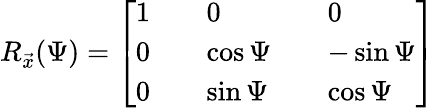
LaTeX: R_{\vec{x}}(\Psi)=\left[\begin{array}{lllll}{1}&{}&{0}&{}&{0}\\ {0}&{}&{\cos{\Psi}}&{}&{-\sin{\Psi}}\\ {0}&{}&{\sin{\Psi}}&{}&{\cos{\Psi}}\end{array}\right]